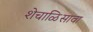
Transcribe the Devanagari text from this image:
शेचाळिसावा